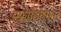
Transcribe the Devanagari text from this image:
एफ़्रोडिसिएस